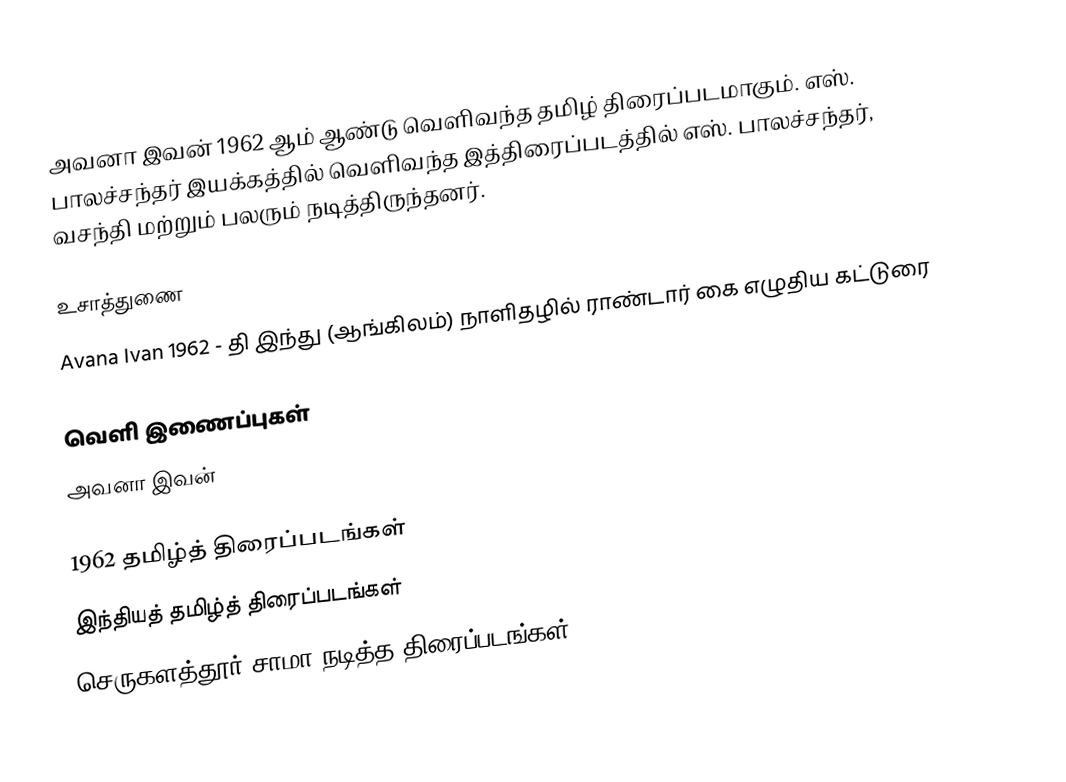
அவனா இவன் 1962 ஆம் ஆண்டு வெளிவந்த தமிழ் திரைப்படமாகும். எஸ். பாலச்சந்தர் இயக்கத்தில் வெளிவந்த இத்திரைப்படத்தில் எஸ். பாலச்சந்தர், வசந்தி மற்றும் பலரும் நடித்திருந்தனர்.

உசாத்துணை
Avana Ivan 1962 - தி இந்து (ஆங்கிலம்) நாளிதழில் ராண்டார் கை எழுதிய கட்டுரை

வெளி இணைப்புகள்
 அவனா இவன்

1962 தமிழ்த் திரைப்படங்கள்
இந்தியத் தமிழ்த் திரைப்படங்கள்
செருகளத்தூர் சாமா நடித்த திரைப்படங்கள்